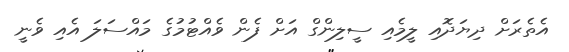
އެތެރަށް ދިޔަދޮއި ލީމެއި ސީލިންގް އަށް ފެން ވެއްޓުމުގެ މައްސަލަ އެއި ވެނީ